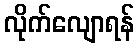
လိုက်လျောရန်